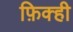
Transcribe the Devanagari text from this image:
फ़िक्ही